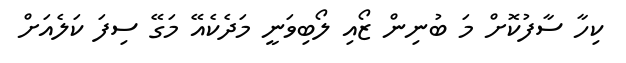
ކިހާ ސާފުކޮށް މަ ބުނިން ޒޯއި ލޯބިވަނީ މަދެކެއޭ މަގޭ ސިފަ ކަލެއަށް